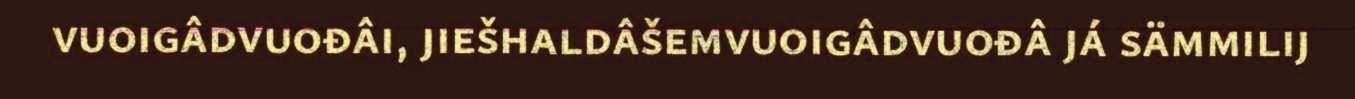
vuoigâdvuođâi, jiešhaldâšemvuoigâdvuođâ já sämmilij